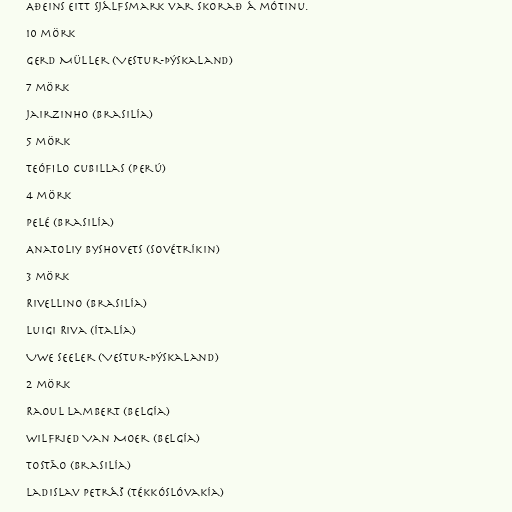
Aðeins eitt sjálfsmark var skorað á mótinu.

10 mörk

Gerd Müller (Vestur-Þýskaland)

7 mörk

Jairzinho (Brasilía)

5 mörk

Teófilo Cubillas (Perú)

4 mörk

Pelé (Brasilía)

Anatoliy Byshovets (Sovétríkin)

3 mörk

Rivellino (Brasilía)

Luigi Riva (Ítalía)

Uwe Seeler (Vestur-Þýskaland)

2 mörk

Raoul Lambert (Belgía)

Wilfried Van Moer (Belgía)

Tostão (Brasilía)

Ladislav Petráš (Tékkóslóvakía)